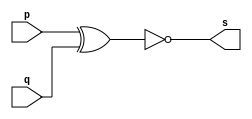
// -------------------------
// Exercicio03 - XNOR
// Nome: damo Ludwig
// -------------------------
// -------------------------
// -- XNOR gate
// -------------------------
module XNORgate ( output s,
                         input  p, q);
assign s = (~(p ^ q));
endmodule // XNORgate
// ---------------------
// -- test XNOR gate
// ---------------------
module testXNORgate;
// ------------------------- dados locais
   reg   a, b; // definir registradores
wire  s;    // definir conexao (fio)
// ------------------------- instancia
   XNORgate XNOR1 (s, a, b);
// ------------------------- preparacao
   initial begin:start
                   // atribuicao simultanea
// dos valores iniciais
      a=0; b=0;
   end
// ------------------------- parte principal
   initial begin
         $display("Exercicio03 - Adamo Ludwig - 473319");
         $display("Test XNOR gate");
$display("\na & b = s\n");
           a=0; b=0;
  #1   $display("%b & %b = %b", a, b, s);
           a=0; b=1;
  #1   $display("%b & %b = %b", a, b, s);
           a=1; b=0;
  #1   $display("%b & %b = %b", a, b, s);
           a=1; b=1;
  #1   $display("%b & %b = %b", a, b, s);
end
endmodule // testXNORgate